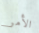
الأمر